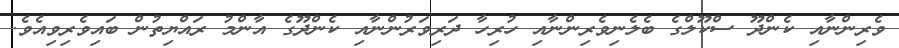
ވެރިންނާއި ކެންދޫ ސްކޫލްގެ ބެލެނިވެރިންނާއި ހުރިހާ ދަރިވަރުންނާއި ކެންދޫގެ އާންމު ރައްޔިތުން ބައިވެރިވިއެވެ.